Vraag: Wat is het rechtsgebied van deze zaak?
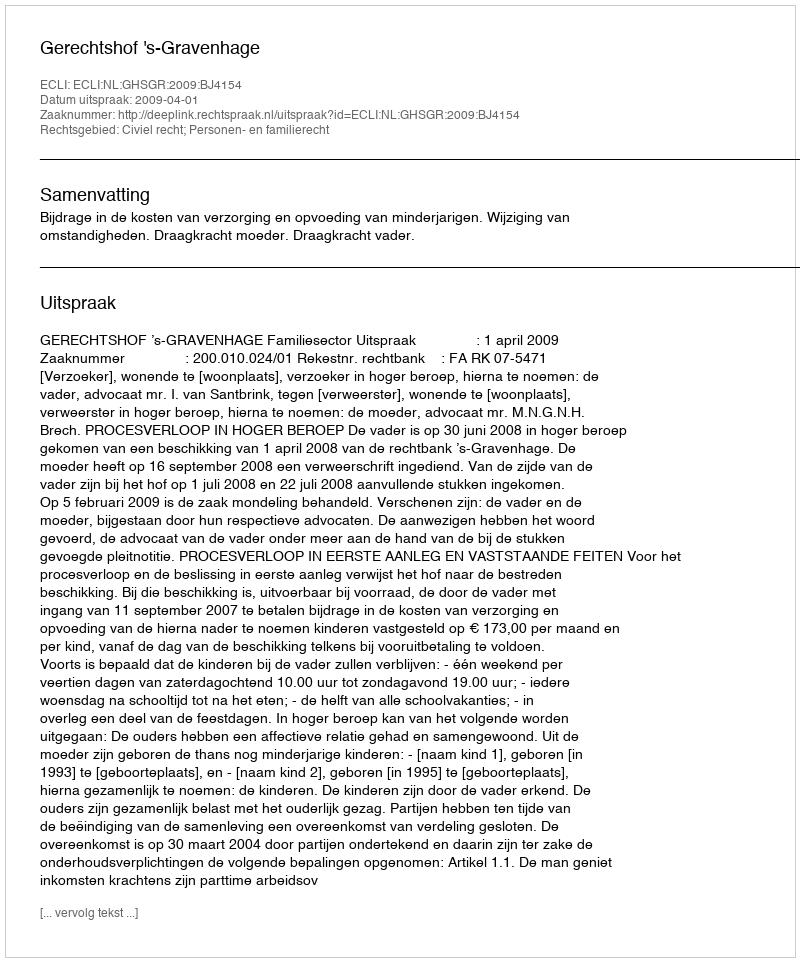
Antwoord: Civiel recht; Personen- en familierecht